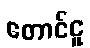
တောင်ငူ